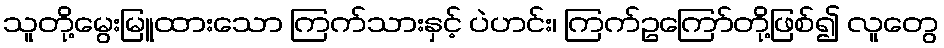
သူတို့မွေးမြူထားသော ကြက်သားနှင့် ပဲဟင်း၊ ကြက်ဥကြော်တို့ဖြစ်၍ လူတွေ